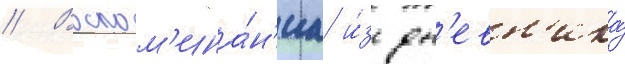
// Воспом'ина́н'иа и́з дн'евн'ика́